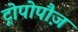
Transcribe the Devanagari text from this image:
ट्रोपोपौज़